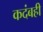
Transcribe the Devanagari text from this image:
कदंबही